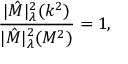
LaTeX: \frac { | \hat { \cal M } | _ { \lambda } ^ { 2 } ( k ^ { 2 } ) } { | \hat { \cal M } | _ { \lambda } ^ { 2 } ( M ^ { 2 } ) } = 1 ,